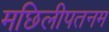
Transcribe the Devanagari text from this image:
मछिलीपतनम